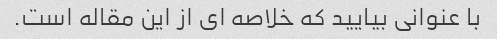
با عنوانی بیایید که خلاصه ای از این مقاله است.